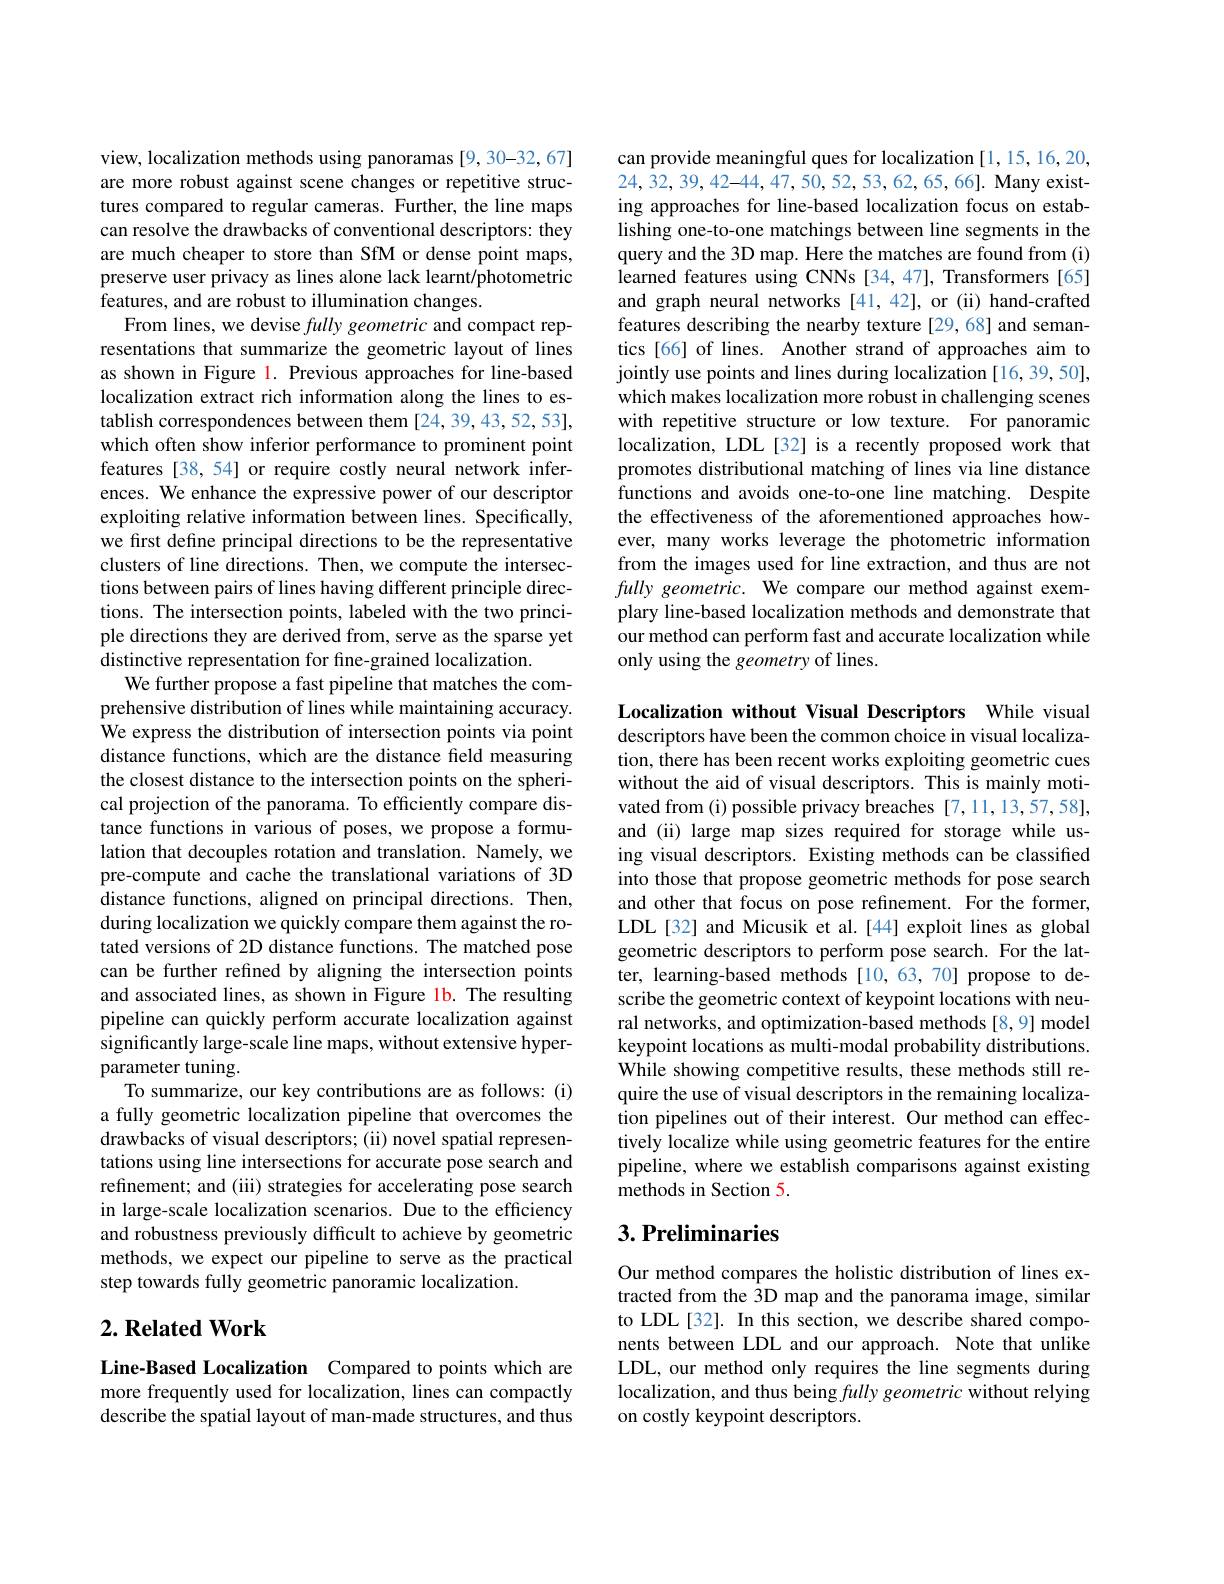
view, localization methods using panoramas [9, 30-32, 67] are more robust against scene changes or repetitive structures compared to regular cameras. Further, the line maps can resolve the drawbacks of conventional descriptors: they are much cheaper to store than SfM or dense point maps, preserve user privacy as lines alone lack learnt/photometric features, and are robust to illumination changes.
From lines, we devise fully geometric and compact representations that summarize the geometric layout of lines as shown in Figure 1. Previous approaches for line-based localization extract rich information along the lines to establish correspondences between them [24,39,43,52,53], which often show inferior performance to prominent point features [38,54] or require costly neural network inferences. We enhance the expressive power of our descriptor exploiting relative information between lines. Specifically, we first define principal directions to be the representative clusters of line directions. Then, we compute the intersections between pairs of lines having different principle directions. The intersection points, labeled with the two principle directions they are derived from, serve as the sparse yet distinctive representation for fine-grained localization.
We further propose a fast pipeline that matches the comprehensive distribution of lines while maintaining accuracy. We express the distribution of intersection points via point distance functions, which are the distance field measuring the closest distance to the intersection points on the spherical projection of the panorama. To efficiently compare distance functions in various of poses, we propose a formulation that decouples rotation and translation. Namely, we pre-compute and cache the translational variations of 3D distance functions, aligned on principal directions. Then, during localization we quickly compare them against the rotated versions of 2D distance functions. The matched pose can be further refined by aligning the intersection points and associated lines, as shown in Figure 1b. The resulting pipeline can quickly perform accurate localization against significantly large-scale line maps, without extensive hyperparameter tuning.
To summarize, our key contributions are as follows: (i) a fully geometric localization pipeline that overcomes the drawbacks of visual descriptors; (ii) novel spatial representations using line intersections for accurate pose search and refinement; and (iii) strategies for accelerating pose search in large-scale localization scenarios. Due to the efficiency and robustness previously difficult to achieve by geometric methods, we expect our pipeline to serve as the practical step towards fully geometric panoramic localization.

## $2. \textbf{Related Work}$

Line-Based Localization Compared to points which are more frequently used for localization, lines can compactly describe the spatial layout of man-made structures, and thus

can provide meaningful ques for localization [1,15,16,20, $24,\bar{3}2,39,42-44,47,5\bar{0},52,53,62,65,66].$ Many existing approaches for line-based localization focus on establishing one-to-one matchings between line segments in the query and the 3D map. Here the matches are found from (i) learned features using CNNs[34,47], Transformers[65] and graph neural networks [41,42], or (ii) hand-crafted features describing the nearby texture [29,68] and semantics[66] of lines. Another strand of approaches aim to jointly use points and lines during localization [16, 39, 50], which makes localization more robust in challenging scenes with repetitive structure or low texture. For panoramic localization, LDL[32] is a recently proposed work that promotes distributional matching of lines via line distance functions and avoids one-to-one line matching. Despite the effectiveness of the aforementioned approaches however, many works leverage the photometric information from the images used for line extraction, and thus are not fully geometric. We compare our method against exemplary line-based localization methods and demonstrate that our method can perform fast and accurate localization while only using the geometry of lines.

Localization without Visual Descriptors While visual descriptors have been the common choice in visual localization, there has been recent works exploiting geometric cues without the aid of visual descriptors. This is mainly motivated from (i) possible privacy breaches [7,11,13,57,58], and (ii) large map sizes required for storage while using visual descriptors. Existing methods can be classified into those that propose geometric methods for pose search and other that focus on pose refinement. For the former, LDL[32] and Micusik et al.[44] exploit lines as global geometric descriptors to perform pose search. For the latter, learning-based methods[10,63,70] propose to describe the geometric context of keypoint locations with neural networks, and optimization-based methods [8,9] model keypoint locations as multi-modal probability distributions. While showing competitive results, these methods still require the use of visual descriptors in the remaining localization pipelines out of their interest. Our method can effectively localize while using geometric features for the entire pipeline, where we establish comparisons against existing methods in Section 5.

## $3. \textbf{Preliminaries}$

Our method compares the holistic distribution of lines extracted from the 3D map and the panorama image, similar to LDL[32]. In this section, we describe shared components between LDL and our approach. Note that unlike LDL, our method only requires the line segments during localization, and thus being fully geometric without relying on costly keypoint descriptors.